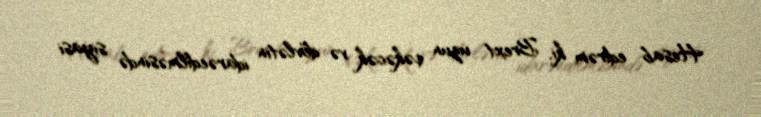
Hesab edirəm ki, Brext uzun çəkəcək və dövlətin idarəedilməsində siyasi